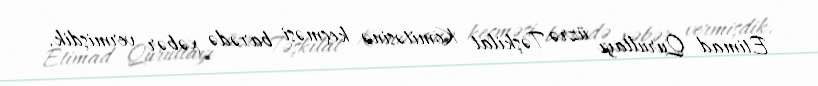
Etimad Qurultayı üzrə Təşkilat Komitəsinə keçməsi barədə xəbər vermişdik.